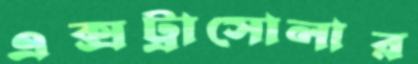
এক্সট্রাসোলার